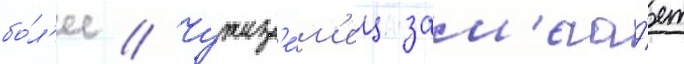
бо́л'ее // Чужез'е́м'ец зам'еча́ет